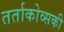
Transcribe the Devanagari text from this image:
तर्ताकोव्सकी